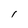
Character: I